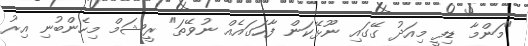
"މަންމާ ޑިފީ މިއަދު ގޭގައި ނޫޅޭކަން ފާހަގައެއް ނުވޭތަ" ރީޝަމް މިހެންބުނި އިރު